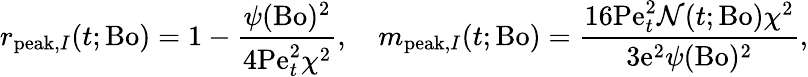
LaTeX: r_{\mathrm{peak},I}(t;\mathrm{Bo})=1-\frac{\psi(\mathrm{Bo})^{2}}{4\mathrm{Pe}_{t}^{2}\chi^{2}},\quad m_{\mathrm{peak},I}(t;\mathrm{Bo})=\frac{16\mathrm{Pe}_{t}^{2}\mathcal{N}(t;\mathrm{Bo})\chi^{2}}{3\mathrm{e}^{2}\psi(\mathrm{Bo})^{2}},